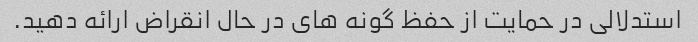
استدلالی در حمایت از حفظ گونه های در حال انقراض ارائه دهید.